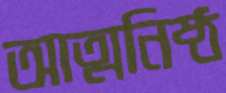
আত্মনিষ্ঠ